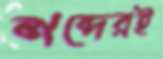
শব্দেরই